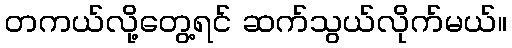
တကယ်လို့တွေ့ရင် ဆက်သွယ်လိုက်မယ်။